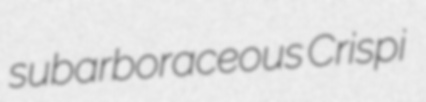
subarboraceous Crispi